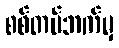
စစ်တပ်ဘက်မှ